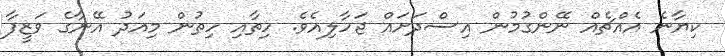
ކިޔާނެ އެއްޗެއް ނޭންގުމުން އިސްދަށައް ޖަހާލިއެވެ. ހިތާއި ހިތުން މިއަދު އޭނާގެ ވަޒީފާ